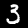
Digit: 3